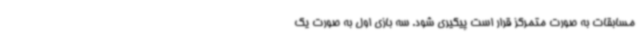
مسابقات به صورت متمرکز قرار است پیگیری شود. سه بازی اول به صورت یک